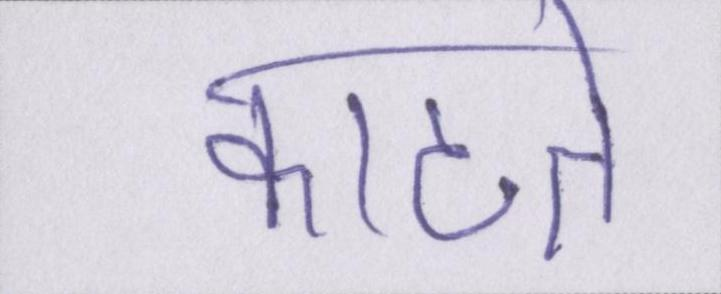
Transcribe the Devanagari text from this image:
काटते